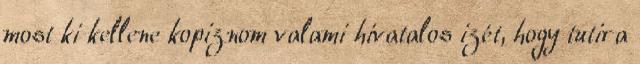
most ki kellene kopiznom valami hivatalos izét, hogy tutira